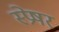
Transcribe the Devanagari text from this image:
स्प्रेषर